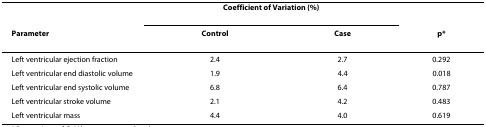
|  | <COLSPAN=2> Coefficient of Variation (%) |  |
 | Parameter | Control | Case | p* |
 | --- | --- | --- | --- |
 | Left ventricular ejection fraction | 2.4 | 2.7 | 0.292 |
 | Left ventricular end diastolic volume | 1.9 | 4.4 | 0.018 |
 | Left ventricular end systolic volume | 6.8 | 6.4 | 0.787 |
 | Left ventricular stroke volume | 2.1 | 4.2 | 0.483 |
 | Left ventricular mass | 4.4 | 4.0 | 0.619 |